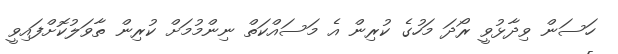
ހަސަން ވިދާޅުވީ ރޯދަ މަހުގެ ކުރިން އެ މަސައްކަތް ނިންމުމަށް ކުރިން ތާވަލުކޮށްފައިވީ